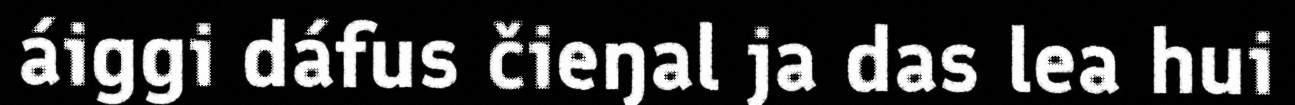
áiggi dáfus čieŋal ja das lea hui